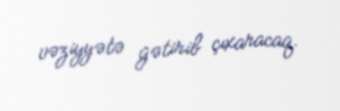
vəziyyətə gətirib çıxaracaq.